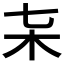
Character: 𣎽